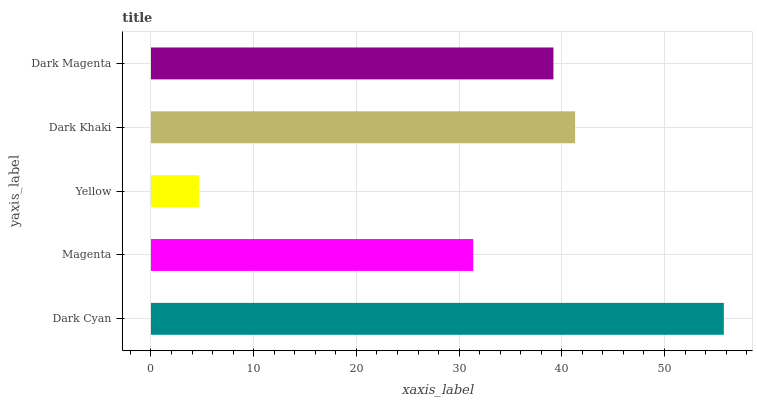
| yaxis_label | bars |
 | --- | --- |
 | Dark Cyan | 55.8 |
 | Magenta | 31.4 |
 | Yellow | 4.68 |
 | Dark Khaki | 41.3 |
 | Dark Magenta | 39.2 |